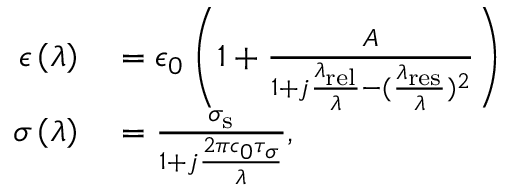
\begin{array} { r l } { \epsilon \left( \lambda \right) } & { { } = \epsilon _ { 0 } \left( 1 + \frac { A } { 1 + j \frac { \lambda _ { \mathrm { { r e l } } } } { \lambda } - ( \frac { \lambda _ { \mathrm { { r e s } } } } { \lambda } ) ^ { 2 } } \right) } \\ { \sigma \left( \lambda \right) } & { { } = \frac { \sigma _ { \mathrm { { s } } } } { 1 + j \frac { 2 \pi c _ { 0 } \tau _ { \sigma } } { \lambda } } , } \end{array}